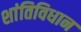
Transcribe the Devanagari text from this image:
शांतिविधान